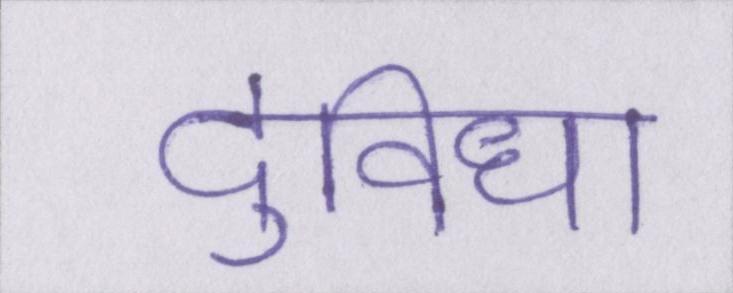
दुविधा